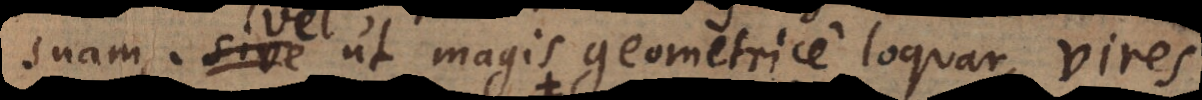
suam. Vel ut magis geometrice loquar, vir